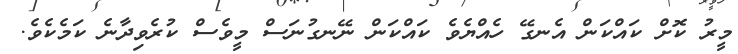
މީރު ކޮށް ކައްކަން އެނގޭ ހެއްޔެވެ ކައްކަން ނޭނގުނަސް މީވެސް ކުރެވިދާނެ ކަމެކެވެ.